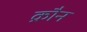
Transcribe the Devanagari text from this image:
क्रौन